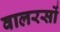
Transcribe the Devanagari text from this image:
वालरसों